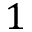
1